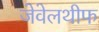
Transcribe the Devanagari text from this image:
जेवेलथीफ